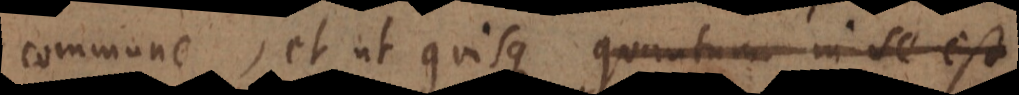
commune, et ut quisque quantum in se est